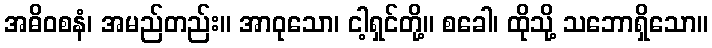
အဓိဝစနံ၊ အမည်တည်း။ အာဝုသော၊ ငါ့ရှင်တို့။ စခေါ၊ ထိုသို့ သဘောရှိသော။